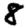
Digit: 8